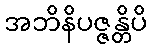
အဘိနိပဇ္ဇန္တိပိ